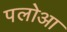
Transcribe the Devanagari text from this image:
पलोआ